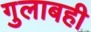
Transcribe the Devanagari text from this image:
गुलाबही